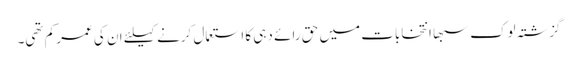
گزشتہ لوک سبھا انتخابات میں حق رائے دہی کا استعمال کرنے کیلئے ان کی عمر کم تھی۔